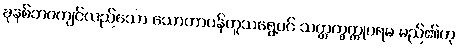
ခုနစ်ဘဝကျင်လည်သော သောတာပန်ဟူသရွေ့ပင် သတ္တက္ခတ္တုပရမ မည်၏ဟု